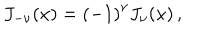
LaTeX: J _ { - \nu } ( x ) = \left( - 1 \right) ^ { \nu } J _ { \nu } ( x ) \, ,